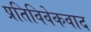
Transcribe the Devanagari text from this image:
प्रतिविवेकवाद